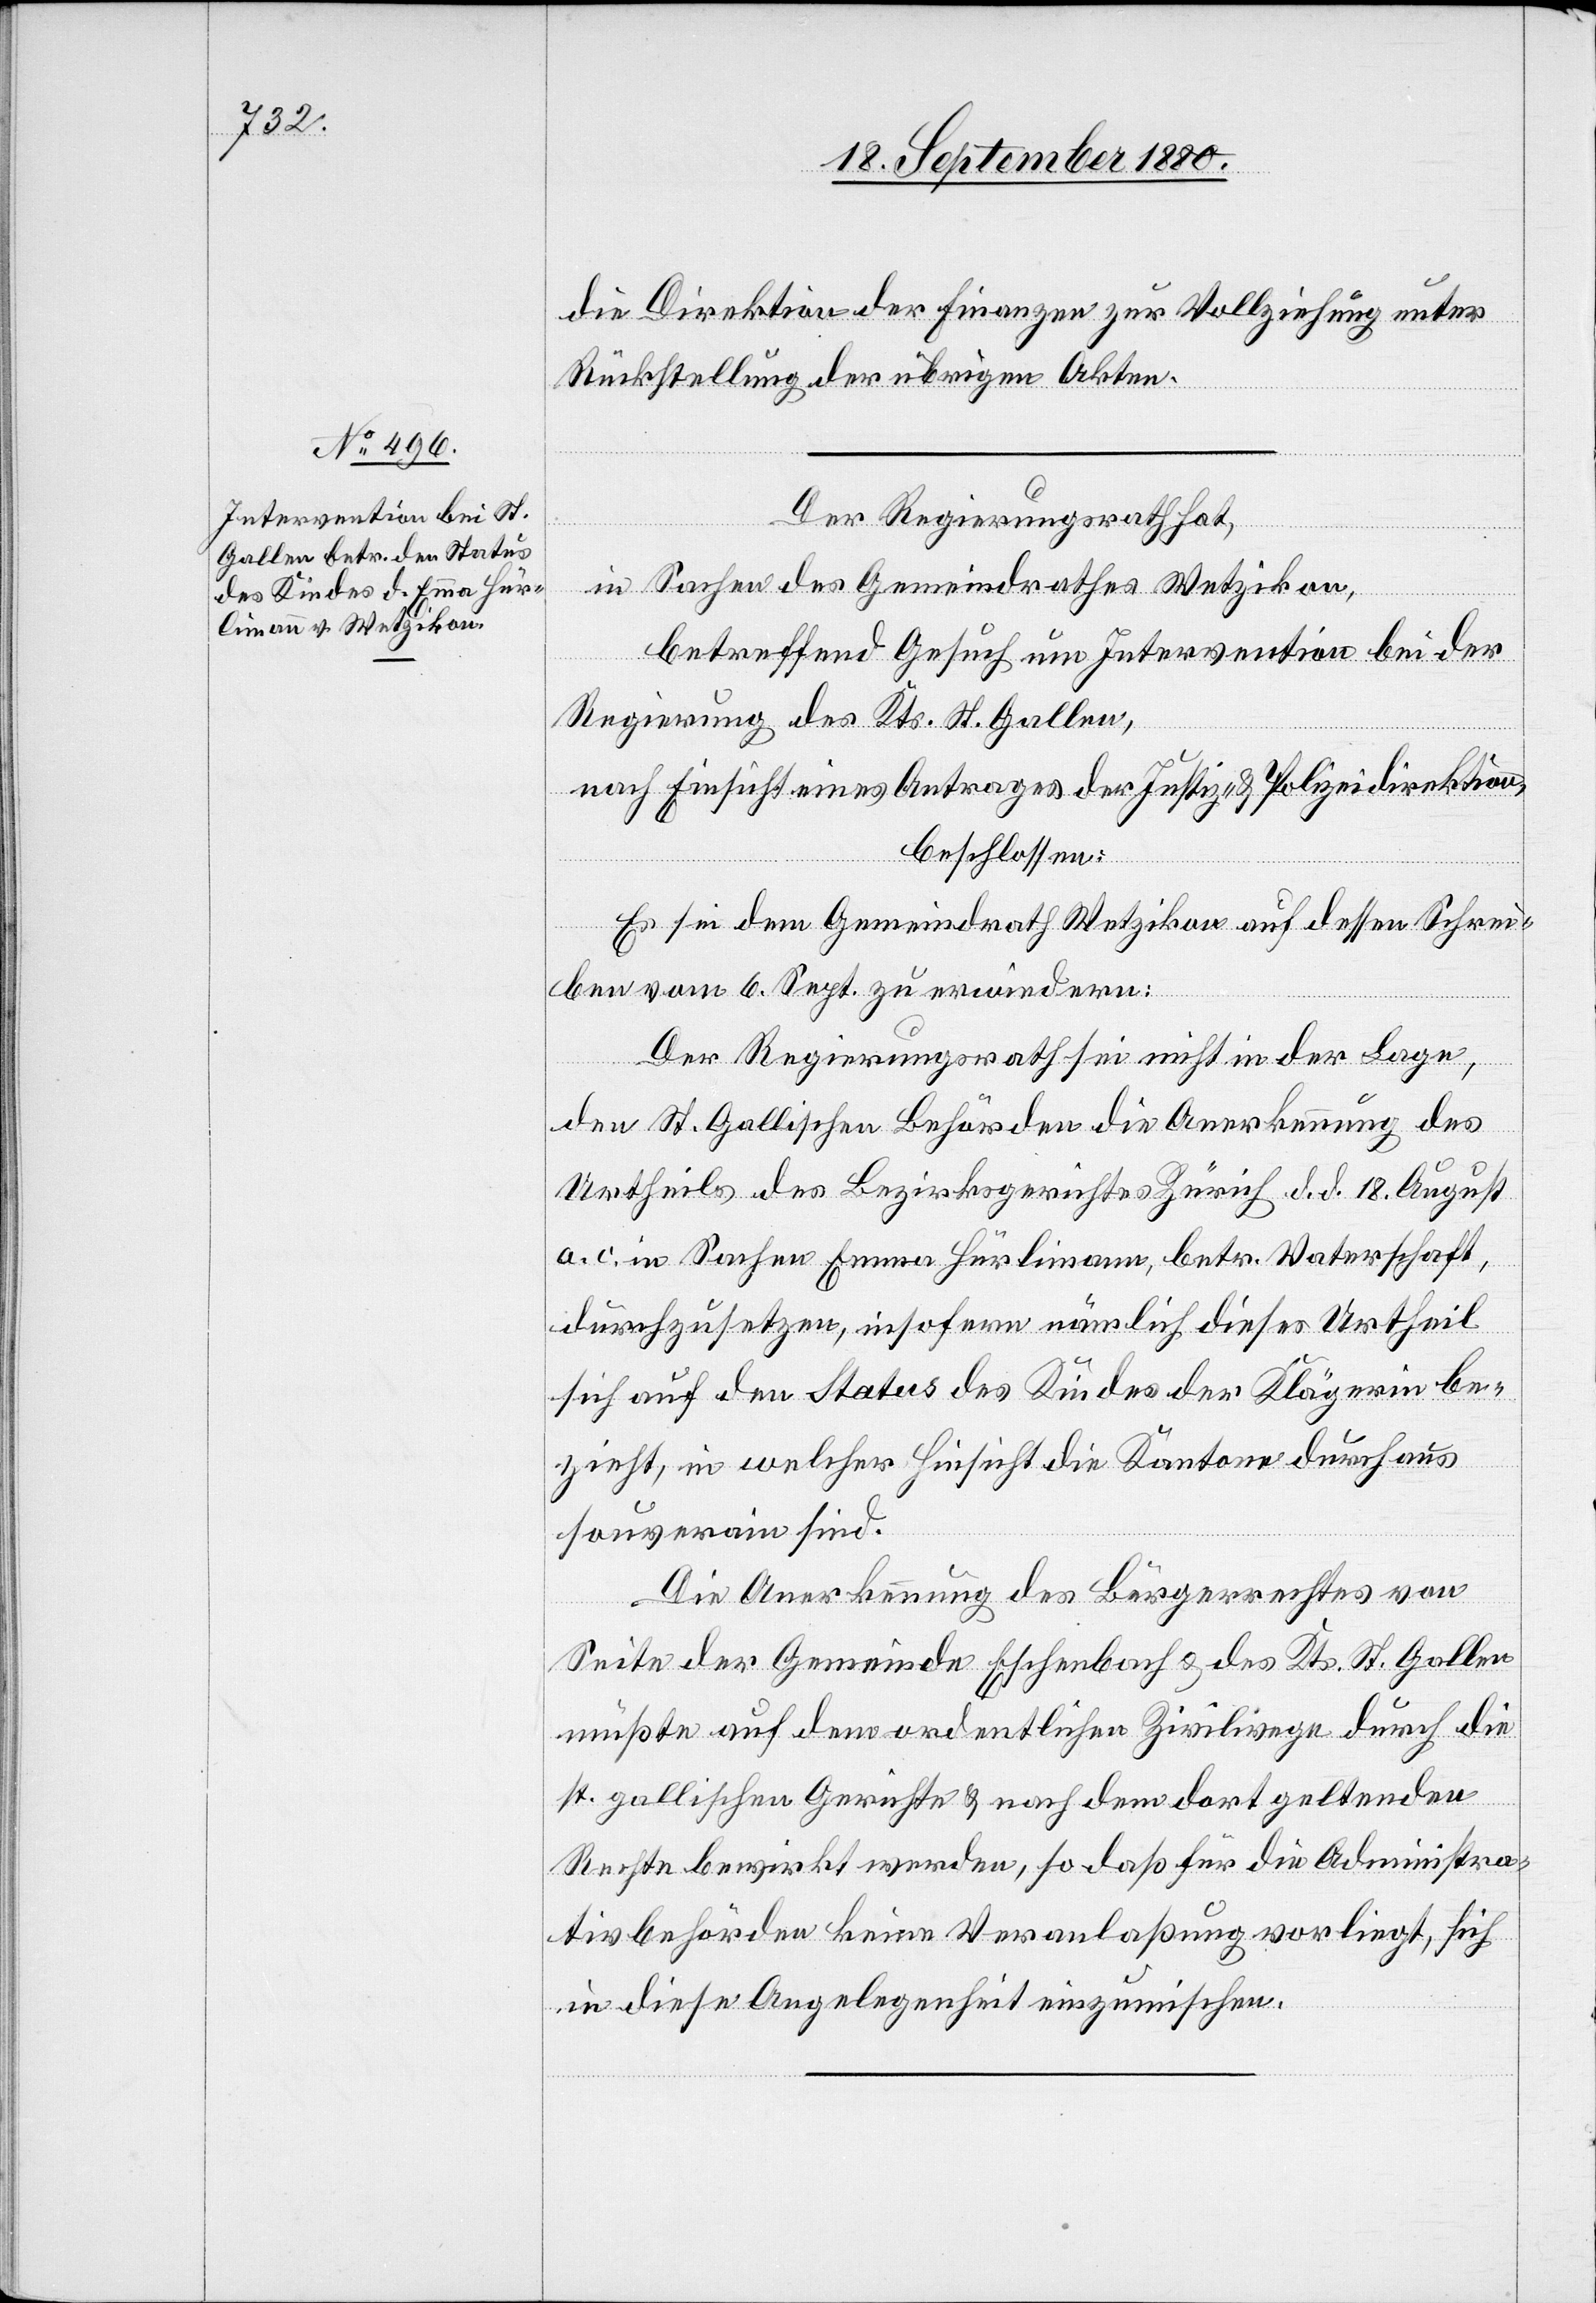
die Direktion der Finanzen zur Vollziehung unter
Rückstellung der übrigen Akten.
Der Regierungsrath hat,
in Sachen des Gemeindrathes Wetzikon,
betreffend Gesuch um Intervention bei der
Regierung des Kts. St. Gallen,
nach Einsicht eines Antrages der Justiz- & Polizeidirektion,
beschlossen:
Es sei dem Gemeindrath Wetzikon auf dessen Schrei¬
ben vom 6. Sept. zu erwiedern:
Der Regierungsrath sei nicht in der Lage
den St. Gallischen Behörden die Anerkennung des
Urtheils des Bezirksgerichtes Zürich d. .d 18. August
a. c. in Sachen Emma Hürlimann, betr. Vaterschaft,
durchzusetzen, insofern nämlich dieses Urtheil
sich auf den Status des Kindes der Klägerin be¬
zieht, in welcher Hinsicht die Kantone durchaus
souverain sind.
Die Anerkennung des Bürgerrechtes von
Seite der Gemeinde Eschenbach & des Kts. St. Gallen
mußte auf dem ordentlichen Zivilwege durch die
st. gallischen Gerichte & nach dem dort geltenden
Rechte bewirkt werden, so daß für die Administra¬
tivbehörden keine Veranlaßung vorliegt, sich
in diese Angelegenheit einzumischen.